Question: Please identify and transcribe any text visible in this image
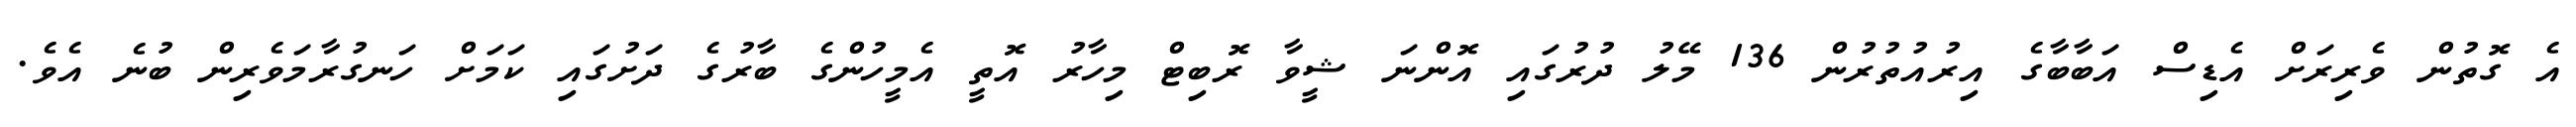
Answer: އެ ގޮތުން ވެރިރަށް އެޑިސް އަބާބާގެ އިރުއުތުރުން 136 މޭލު ދުރުގައި އޮންނަ ޝީވާ ރޮބިޓް މިހާރު އޮތީ އެމީހުންގެ ބާރުގެ ދަށުގައި ކަމަށް ހަނގުރާމަވެރިން ބުނެ އެވެ.